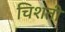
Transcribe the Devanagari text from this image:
चिशती